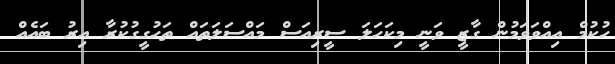
ހުކުމް އިއްވަވަމުން ގާޒީ ވަނީ މިކަހަލަ ސީރިއަސް މައްސަލަތައް ތަހުގީގުކުރާ އިރު ބައެއް